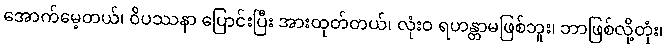
အောက်မေ့တယ်၊ ဝိပဿနာ ပြောင်းပြီး အားထုတ်တယ်၊ လုံးဝ ရဟန္တာမဖြစ်ဘူး၊ ဘာဖြစ်လို့တုံး၊